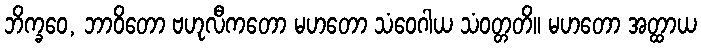
ဘိက္ခဝေ, ဘာဝိတော ဗဟုလီကတော မဟတော သံဝေဂါယ သံဝတ္တတိ။ မဟတော အတ္ထာယ